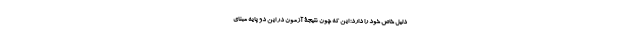
دلیل خاص خود را دارد: این که چون نتیجۀ آزمون در این دو پایه مبنای